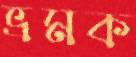
ভ্রমক